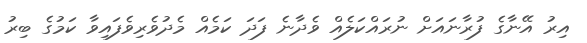
އިރު އޭނާގެ ފުރާނައަށް ނުރައްކަލެއް ވެދާނެ ފަދަ ކަމެއް މެދުވެރިވެފައިވާ ކަމުގެ ބިރު